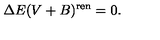
\Delta E ( V + B ) ^ { \mathrm { r e n } } = 0 .